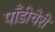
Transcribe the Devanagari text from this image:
पाँडीचेरी